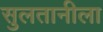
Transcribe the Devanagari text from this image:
सुलतानीला